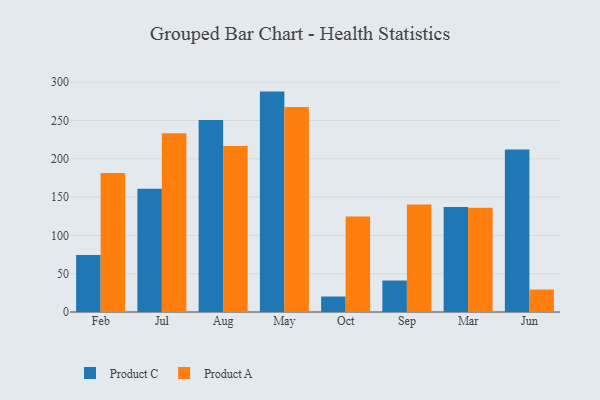
{"axis": {"x": "Month", "y": "Churn Rate (%)"}, "legend": ["Product A", "Product C"], "data": [{"x": "Feb", "y": 74.4, "type": "Product C"}, {"x": "Feb", "y": 181.4, "type": "Product A"}, {"x": "Jul", "y": 160.8, "type": "Product C"}, {"x": "Jul", "y": 233.3, "type": "Product A"}, {"x": "Aug", "y": 250.8, "type": "Product C"}, {"x": "Aug", "y": 216.7, "type": "Product A"}, {"x": "May", "y": 287.8, "type": "Product C"}, {"x": "May", "y": 267.7, "type": "Product A"}, {"x": "Oct", "y": 20.2, "type": "Product C"}, {"x": "Oct", "y": 124.7, "type": "Product A"}, {"x": "Sep", "y": 41.1, "type": "Product C"}, {"x": "Sep", "y": 140.5, "type": "Product A"}, {"x": "Mar", "y": 137.0, "type": "Product C"}, {"x": "Mar", "y": 136.0, "type": "Product A"}, {"x": "Jun", "y": 212.1, "type": "Product C"}, {"x": "Jun", "y": 29.3, "type": "Product A"}]}